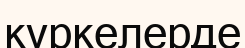
күркелерде